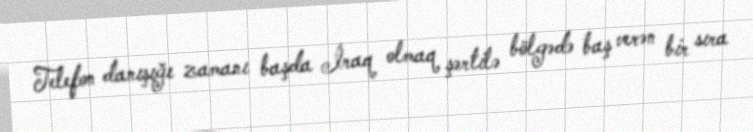
Telefon danışığı zamanı başda İraq olmaq şərtilə bölgədə baş verən bir sıra